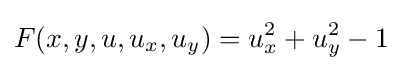
F(x,y,u,u_{x},u_{y})=u_{x}^{2}+u_{y}^{2}-1